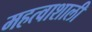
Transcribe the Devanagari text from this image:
महत्वाशाली